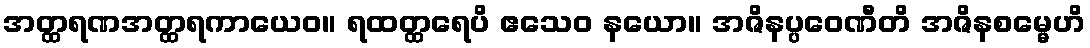
အတ္ထရဏအတ္ထရကာယေဝ။ ရထတ္ထရေပိ ဧသေဝ နယော။ အဇိနပ္ပဝေဏီတိ အဇိနစမ္မေဟိ